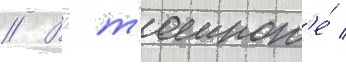
// В т'емнот'е́ /